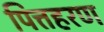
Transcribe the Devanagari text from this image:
पित्तहरण